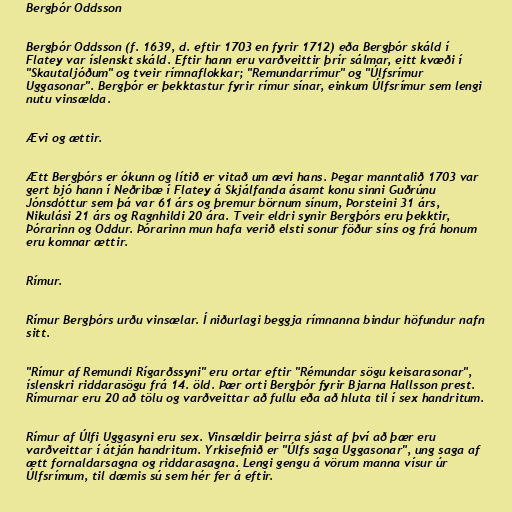
Bergþór Oddsson

Bergþór Oddsson (f. 1639, d. eftir 1703 en fyrir 1712) eða Bergþór skáld í
Flatey var íslenskt skáld. Eftir hann eru varðveittir þrír sálmar, eitt kvæði í
"Skautaljóðum" og tveir rímnaflokkar; "Remundarrímur" og "Úlfsrímur
Uggasonar". Bergþór er þekktastur fyrir rímur sínar, einkum Úlfsrímur sem lengi
nutu vinsælda.

Ævi og ættir.

Ætt Bergþórs er ókunn og lítið er vitað um ævi hans. Þegar manntalið 1703 var
gert bjó hann í Neðribæ í Flatey á Skjálfanda ásamt konu sinni Guðrúnu
Jónsdóttur sem þá var 61 árs og þremur börnum sínum, Þorsteini 31 árs,
Nikulási 21 árs og Ragnhildi 20 ára. Tveir eldri synir Bergþórs eru þekktir,
Þórarinn og Oddur. Þórarinn mun hafa verið elsti sonur föður síns og frá honum
eru komnar ættir.

Rímur.

Rímur Bergþórs urðu vinsælar. Í niðurlagi beggja rímnanna bindur höfundur nafn
sitt.

"Rímur af Remundi Rígarðssyni" eru ortar eftir "Rémundar sögu keisarasonar",
íslenskri riddarasögu frá 14. öld. Þær orti Bergþór fyrir Bjarna Hallsson prest.
Rímurnar eru 20 að tölu og varðveittar að fullu eða að hluta til í sex handritum.

Rímur af Úlfi Uggasyni eru sex. Vinsældir þeirra sjást af því að þær eru
varðveittar í átján handritum. Yrkisefnið er "Úlfs saga Uggasonar", ung saga af
ætt fornaldarsagna og riddarasagna. Lengi gengu á vörum manna vísur úr
Úlfsrímum, til dæmis sú sem hér fer á eftir.